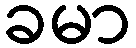
ခမာ